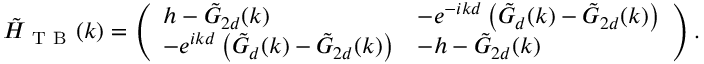
\tilde { H } _ { \mathrm { ~ T ~ B ~ } } ( k ) = \left( \begin{array} { l l } { h - \tilde { G } _ { 2 d } ( k ) } & { - e ^ { - i k d } \left( \tilde { G } _ { d } ( k ) - \tilde { G } _ { 2 d } ( k ) \right) } \\ { - e ^ { i k d } \left( \tilde { G } _ { d } ( k ) - \tilde { G } _ { 2 d } ( k ) \right) } & { - h - \tilde { G } _ { 2 d } ( k ) } \end{array} \right) .